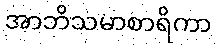
အာဘိသမာစာရိကာ